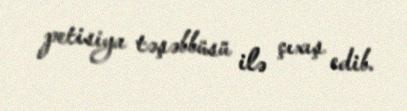
petisiya təşəbbüsü ilə çıxış edib.